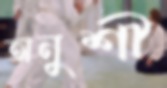
অনুশী